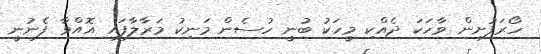
ހޯރަފުށިން ވާހަކަ ދެއްކި މީހަކު ބުނީ ހުސެން މަނިކު މަރާލާފައި އޮއްވާ ފެނުނީ